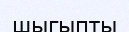
шыгыпты